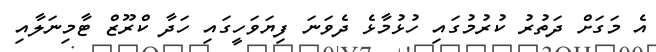
އެ މަގަށް ދަތުރު ކުރުމުގައި ހުޅުމާޅެ ދެވަނަ ފިޔަވަހީގައި ހަދާ ކްރޫޒް ޓާމިނަލާއި